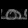
Digit: ၈